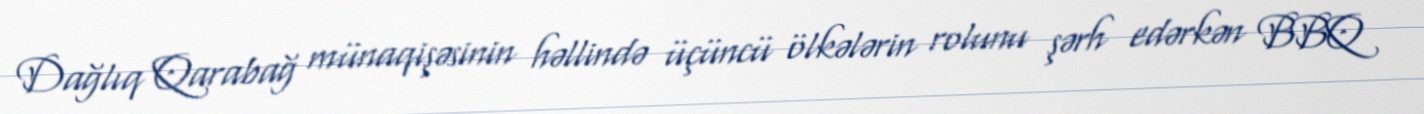
Dağlıq Qarabağ münaqişəsinin həllində üçüncü ölkələrin rolunu şərh edərkən BBQ